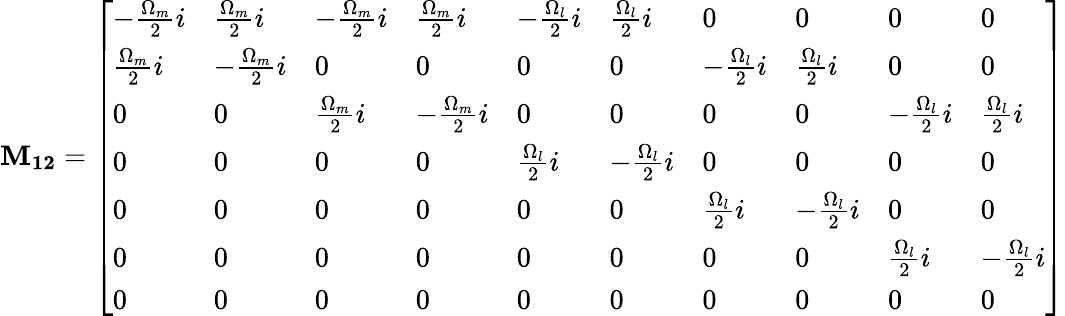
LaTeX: \mathbf{M_{12}}=\left[\begin{array}{llllllllll}{-\frac{\Omega_{m}}{2}i}&{\frac{\Omega_{m}}{2}i}&{-\frac{\Omega_{m}}{2}i}&{\frac{\Omega_{m}}{2}i}&{-\frac{\Omega_{l}}{2}i}&{\frac{\Omega_{l}}{2}i}&{0}&{0}&{0}&{0}\\ {\frac{\Omega_{m}}{2}i}&{-\frac{\Omega_{m}}{2}i}&{0}&{0}&{0}&{0}&{-\frac{\Omega_{l}}{2}i}&{\frac{\Omega_{l}}{2}i}&{0}&{0}\\ {0}&{0}&{\frac{\Omega_{m}}{2}i}&{-\frac{\Omega_{m}}{2}i}&{0}&{0}&{0}&{0}&{-\frac{\Omega_{l}}{2}i}&{\frac{\Omega_{l}}{2}i}\\ {0}&{0}&{0}&{0}&{\frac{\Omega_{l}}{2}i}&{-\frac{\Omega_{l}}{2}i}&{0}&{0}&{0}&{0}\\ {0}&{0}&{0}&{0}&{0}&{0}&{\frac{\Omega_{l}}{2}i}&{-\frac{\Omega_{l}}{2}i}&{0}&{0}\\ {0}&{0}&{0}&{0}&{0}&{0}&{0}&{0}&{\frac{\Omega_{l}}{2}i}&{-\frac{\Omega_{l}}{2}i}\\ {0}&{0}&{0}&{0}&{0}&{0}&{0}&{0}&{0}&{0}\end{array}\right]